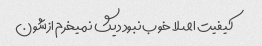
کیفیت اصلا خوب نبود دیگ نمیخرم ازشون